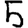
Digit: 5